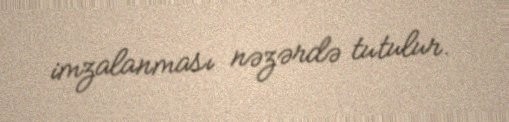
imzalanması nəzərdə tutulur.